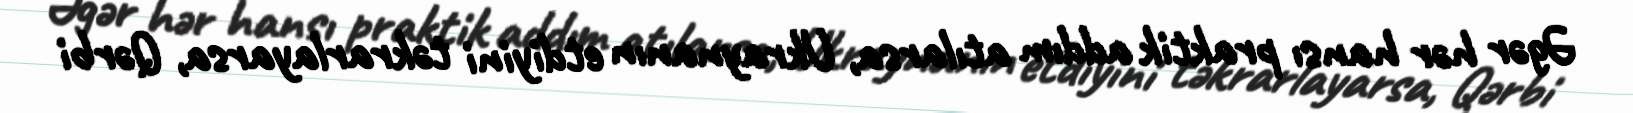
Əgər hər hansı praktik addım atılarsa, Ukraynanın etdiyini təkrarlayarsa, Qərbi